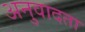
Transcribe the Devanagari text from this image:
अनुवादता